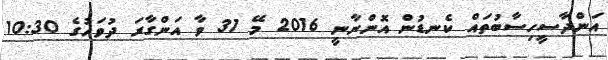
އަންދާސީހިސާބުތައް ކެނޑުން އޮންނާނީ 2016 މޭ 31 ވާ އަންގާރަ ދުވަހުގެ 10:30